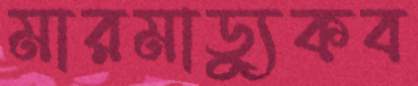
মারমাড্যুকব